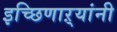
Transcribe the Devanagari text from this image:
इच्छिणाऱ्यांनी